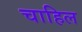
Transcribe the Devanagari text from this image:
चाहिल